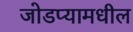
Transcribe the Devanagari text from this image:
जोडप्यामधील